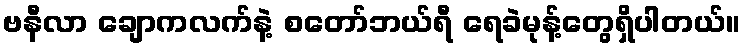
ဗနီလာ ချောကလက်နဲ့ စတော်ဘယ်ရီ ရေခဲမုန့်တွေရှိပါတယ်။